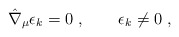
\begin{align*}\hat \nabla _{\mu} \epsilon_{k} = 0\ , \qquad \epsilon_{k} \neq 0 \ ,\end{align*}